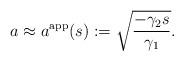
LaTeX: \begin{align*} a\approx a^\mathrm{app}(s) := \sqrt{\frac{-\gamma_2 s}{\gamma_1}}.\end{align*}